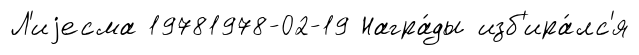
Л'иjесма 19781978-02-19 Награ́ды изб'ира́лс'я